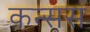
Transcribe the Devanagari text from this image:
कन्सस